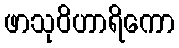
ဖာသုဝိဟာရိကော